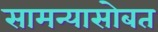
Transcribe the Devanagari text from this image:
सामन्यासोबत